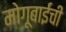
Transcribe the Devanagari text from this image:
मोगूबाईंची